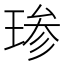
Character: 𱯆